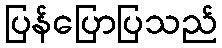
ပြန်ပြောပြသည်